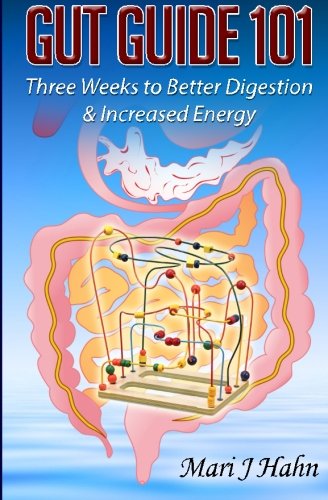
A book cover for Gut Guide 101: Three Weeks to Better Digestion and Increased Energy; Mari J Hahn; Health, Fitness & Dieting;